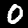
Label: 0